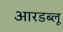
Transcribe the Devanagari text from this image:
आरडब्लू